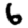
Digit: 6